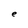
Character: e